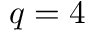
q = 4